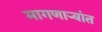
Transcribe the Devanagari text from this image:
मागणार्‍यांत